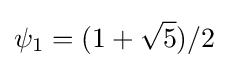
\psi _{1}=(1+{\sqrt {5}})/2